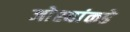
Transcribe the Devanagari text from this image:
जोश्यांकडे